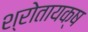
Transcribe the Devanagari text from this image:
श्रोतायक्ष